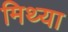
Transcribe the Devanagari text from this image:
मिथ्‍या